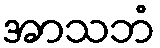
အာသဘံ